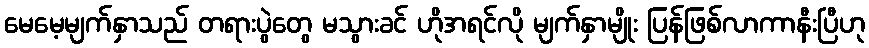
မေမေ့မျက်နှာသည် တရားပွဲတွေ မသွားခင် ဟိုအရင်လို မျက်နှာမျိုး ပြန်ဖြစ်လာကာနီးပြီဟု